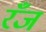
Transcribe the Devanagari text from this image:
रँज